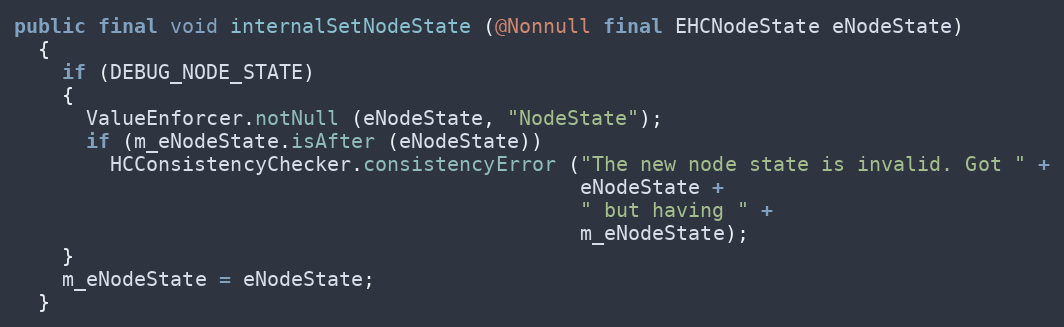
Language: Java
public final void internalSetNodeState (@Nonnull final EHCNodeState eNodeState)
  {
    if (DEBUG_NODE_STATE)
    {
      ValueEnforcer.notNull (eNodeState, "NodeState");
      if (m_eNodeState.isAfter (eNodeState))
        HCConsistencyChecker.consistencyError ("The new node state is invalid. Got " +
                                               eNodeState +
                                               " but having " +
                                               m_eNodeState);
    }
    m_eNodeState = eNodeState;
  }